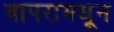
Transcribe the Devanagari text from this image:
वापरामधून